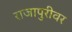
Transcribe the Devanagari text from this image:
राजापुरीवर